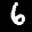
Label: 6